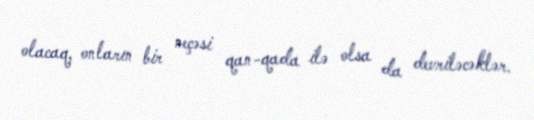
olacaq, onların bir neçəsi qan-qada ilə olsa da devriləcəklər.